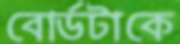
বোর্ডটাকে